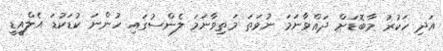
އަދި ހަކުރު މާބޮޑަށް ދައްވާނަމަ ނުވަތަ މަތިވާނަމަ ލެންސުގައި ހުންނަ ކުޑަކުޑަ އެލްއީޑީ